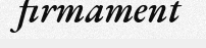
firmament